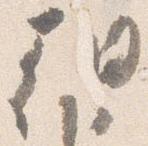
朝